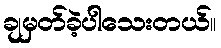
ချမှတ်ခဲ့ပါသေးတယ်။